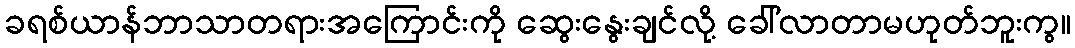
ခရစ်ယာန်ဘာသာတရားအကြောင်းကို ဆွေးနွေးချင်လို့ ခေါ်လာတာမဟုတ်ဘူးကွ။